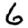
Digit: 6